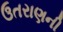
ઉતરાણની